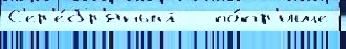
С'ер'е́бр'яный   по́пр'ище